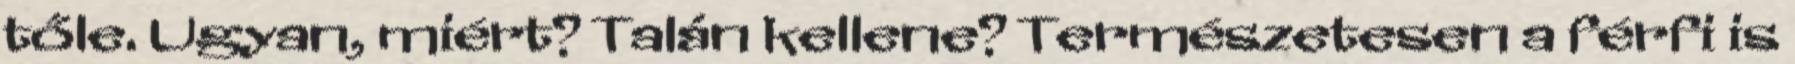
tőle. Ugyan, miért? Talán kellene? Természetesen a férfi is